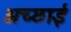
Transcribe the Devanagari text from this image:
अच्‍छाई